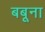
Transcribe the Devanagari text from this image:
बबूना